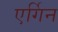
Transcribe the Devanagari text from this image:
एर्गिन